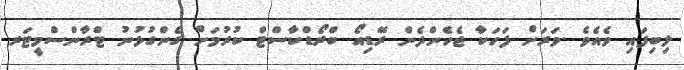
ލިބިފައި ވެއެވެ .ވަރަށް ފަހަކާ ޖެހެންދެން ރޭޑިއޯ ބްރޯޑްކާސްޓް ކުރުމަށް ގެންގުޅުނު ޓްރާންސްމީޓަރ